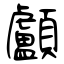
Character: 顱